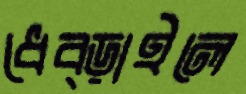
ধেব্‌ড়াইলে